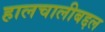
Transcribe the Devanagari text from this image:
हालचालीबद्दल